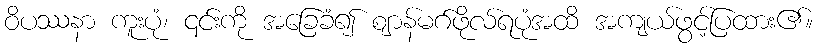
ဝိပဿနာ ကူးပုံ၊ ၎င်းကို အခြေခံ၍ ဈာန်မဂ်ဖိုလ်ရပုံအထိ အကျယ်ဖွင့်ပြထား၏။